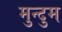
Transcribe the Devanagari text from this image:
मुन्दुम